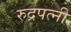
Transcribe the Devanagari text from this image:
रुद्रपत्नी